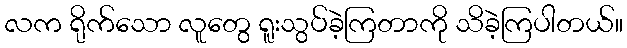
လက ရိုက်သော လူတွေ ရူးသွပ်ခဲ့ကြတာကို သိခဲ့ကြပါတယ်။